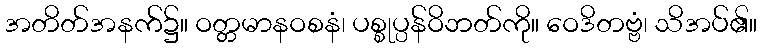
အတိတ်အနက်၌။ ဝတ္တမာနဝစနံ၊ ပစ္စုပ္ပန်ဝိဘတ်ကို။ ဝေဒိတဗ္ဗံ၊ သိအပ်၏။